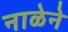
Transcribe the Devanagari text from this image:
नाळेने